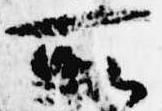
所